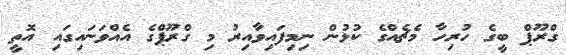
ގްރޫޕް ބީގެ ހުރިހާ މެޗެއްގެ ކުޅުން ނިމިފައިވާއިރު މި ގްރޫޕްގެ އެއްވަނައިގައި އޮތީ